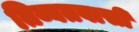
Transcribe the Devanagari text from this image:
तिब्बतवासी